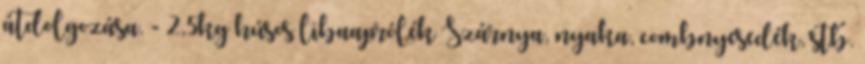
átdolgozása. - 2,5kg húsos libaaprólék Szárnya, nyaka, combnyesedék, stb.